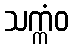
သက္ကံဝ